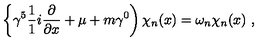
\left\{ \gamma ^ { 5 } \frac { 1 } { 1 } { i } \frac { \partial } { \partial x } + \mu + m \gamma ^ { 0 } \right) \chi _ { n } ( x ) = \omega _ { n } \chi _ { n } ( x ) \ ,